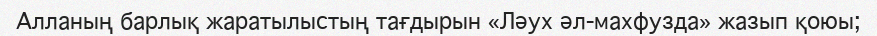
Алланың барлық жаратылыстың тағдырын «Ләух әл-махфузда» жазып қоюы;